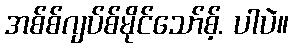
အစ်စ်ဂျပ်စ်မိုင်သော်စ့်. ပါပဲ။